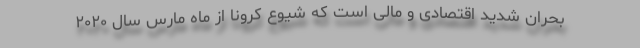
بحران شدید اقتصادی و مالی است که شیوع کرونا از ماه مارس سال ۲۰۲۰